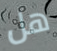
هل